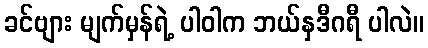
ခင်ဗျား မျက်မှန်ရဲ့ ပါဝါက ဘယ်နှဒီဂရီ ပါလဲ။